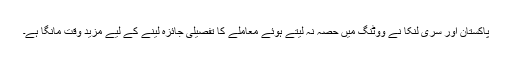
پاکستان اور سری لنکا نے ووٹنگ میں حصہ نہ لیتے ہوئے معاملے کا تفصیلی جائزہ لینے کے لیے مزید وقت مانگا ہے۔